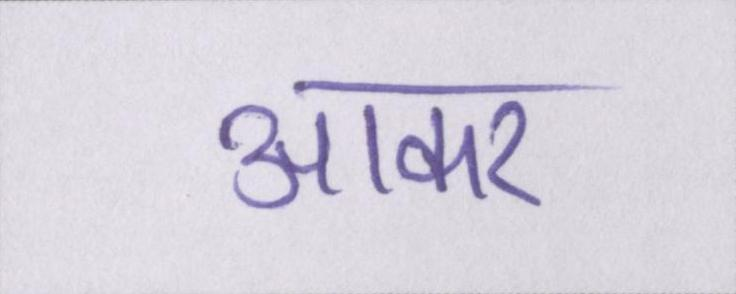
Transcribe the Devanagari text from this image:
आकर